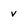
Character: v